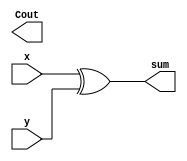
module halfadder(x,y,sum,Cout);
input x,y;
output sum,Cout;
assign sum=x^y;
assign cout=x&y;
endmodule

module fulladder(Cin,x1,y1,Sum,Cout);
input x1,y1,Cin;
output Sum,Cout;
assign Sum=x1^y1^Cin;
assign Cout=(x1&y1)|(x1&Cin)|(y1&Cin);
endmodule

module decomposedfulladder(CIn,x2,y2,Sum1,Cout1);
input x2,y2,CIn;
output Sum1,Cout1;
halfadder stage0(x2,y2,s1,c1);
halfadder stage1(s1,CIn,Sum1,c2);
assign Cout1 = c1|c2;
endmodule